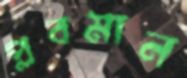
প্লবমান